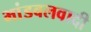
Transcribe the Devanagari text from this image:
भांडवलवादी